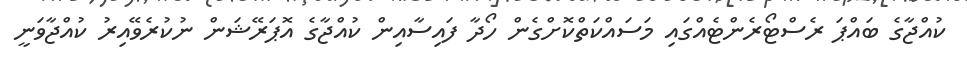
ކުއްޖާގެ ބައްޕަ ރެސްޓޯރެންޓެއްގައި މަސައްކަތްކޮށްގެން ހޯދާ ފައިސާއިން ކުއްޖާގެ އޮޕަރޭޝަން ނުކުރެވޭއިރު ކުއްޖާވަނީ